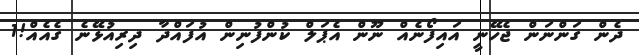
ދެން ގަންނަން ޖެހޭނީ އައިފޯނެއް ނޫން އެޕަލް ކުންފުނިން އުފައްދާ ދިރިއުޅޭނެ ގެއެއް!1